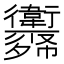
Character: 𢖨